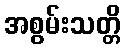
အစွမ်းသတ္တိ